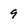
Character: 9